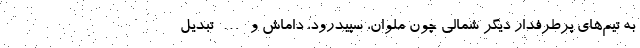
به تیم‌های پرطرفدار دیگر شمالی چون ملوان، سپیدرود، داماش و … تبدیل